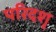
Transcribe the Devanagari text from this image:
परिदशृ